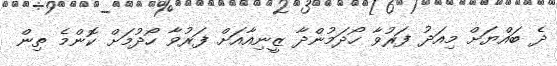
ދެ ބައްޔަށް މިއަދު ފަރުވާ ހޯދަމުންދާ ޒީނިއާއަށް ފަރުވާ ހޯދުމަށް ކޮންމެ ތިން